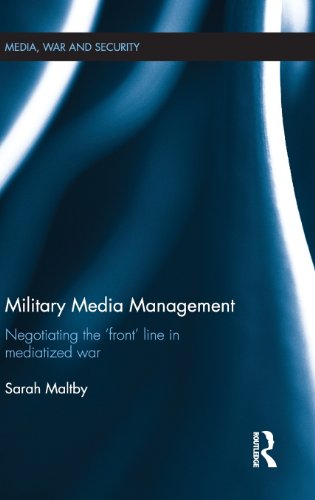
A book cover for Military Media Management: Negotiating the 'Front' Line in Mediatized War (Media, War and Security); Sarah Maltby; Business & Money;